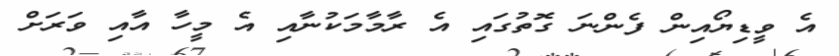
އެ ވީޑިޔޯއިން ފެންނަ ގޮތުގައި އެ ރާމާމަކުނާއި އެ މީހާ އާއި ވަރަށް